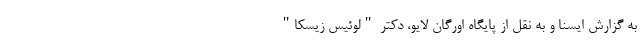
به گزارش ایسنا و به نقل از پایگاه اورگان لایو، دکتر "لوئیس زیسکا"